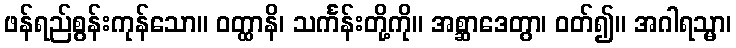
ဖန်ရည်စွန်းကုန်သော။ ဝတ္ထာနိ၊ သင်္ကန်းတို့ကို။ အစ္ဆာဒေတွာ၊ ဝတ်၍။ အဂါရသ္မာ၊